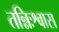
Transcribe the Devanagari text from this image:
तन्निःश्वास